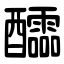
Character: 醽